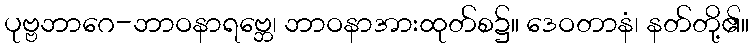
ပုဗ္ဗဘာဂေ-ဘာဝနာရဗ္ဘေ၊ ဘာဝနာအားထုတ်စ၌။ ဒေဝတာနံ၊ နတ်တို့၏။